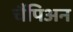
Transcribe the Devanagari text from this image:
चैंपिअन